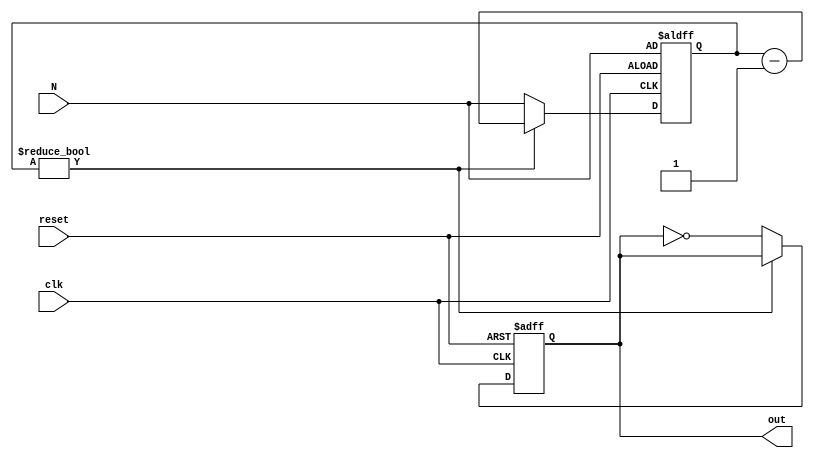
`timescale 1ns / 100ps
//////////////////////////////////////////////////////////////////////////////////
// Company: 
// Engineer: 
// 
// Design Name: 
// Module Name:    Divider 
// Project Name: 
// Target Devices: 
// Tool versions: 
// Description: Divide the clk 2 * (N + 1) times. The duty cycle of the output is 50%.
//
// Dependencies: 
//
// Revision: 
// Revision 0.01 - File Created
// Additional Comments: 
//
//////////////////////////////////////////////////////////////////////////////////
module NDivider(
    input clk,
    input reset,
    input [7:0] N,
    output reg out
    );

    reg [7:0]cnt;
    always @(posedge clk or negedge reset) begin
        if(!reset)
        begin
            cnt <= N;
            out <= 0;
        end
        else begin
            if(cnt != 8'd0)
                cnt <= cnt - 1;
            else
            begin
                out <= ~out;
                cnt <= N;
            end
        end
    end

endmodule